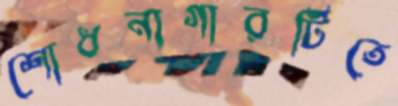
শোধনাগারটিতে